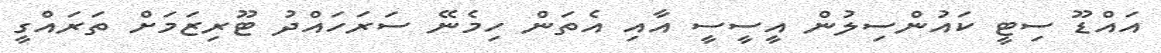
އައްޑޫ ސިޓީ ކައުންސިލުން އީސީސީ އާއި އެތަން ހިމެނޭ ސަރަހައްދު ޓޫރިޒަމަށް ތަރައްގީ